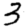
Digit: 3